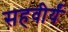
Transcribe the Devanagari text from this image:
सहवीर्यं